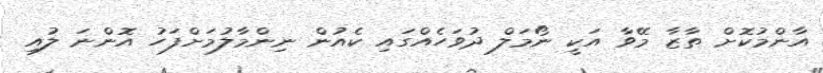
އާންމުކޮށް ތާޒާ މޭވާ އަކީ ނޯމަލް ދުވަހެއްގައި ކެއުން ނިންމާލުމަށްފަހު އޮންނަ ލުއި